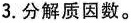
3.分解质因数。